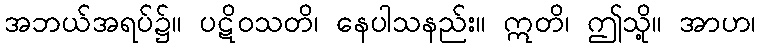
အဘယ်အရပ်၌။ ပဋိဝသတိ၊ နေပါသနည်း။ ဣတိ၊ ဤသို့။ အာဟ၊